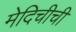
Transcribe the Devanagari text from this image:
मेदिचीची